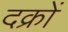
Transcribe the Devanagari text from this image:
दक्रों